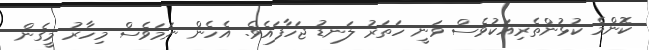
ކޮންމެ ކުޅުންތެރިއަކުވެސް ވަނީ ހަތަރު ލަނޑު ޖަހާފައެވެ. އެހެން ނަމަވެސް މިހާރު މީގެން